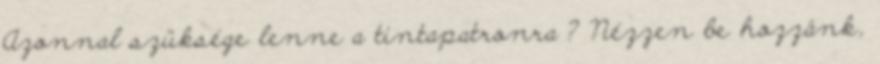
Azonnal szüksége lenne a tintapatronra ? Nézzen be hozzánk,